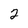
Character: 2